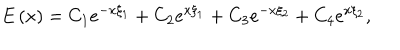
E \left( x \right) = C _ { 1 } e ^ { - x \xi _ { 1 } } + C _ { 2 } e ^ { x \xi _ { 1 } } + C _ { 3 } e ^ { - x \xi _ { 2 } } + C _ { 4 } e ^ { x \xi _ { 2 } } ,